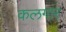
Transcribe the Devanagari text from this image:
कलगार